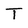
Character: T